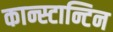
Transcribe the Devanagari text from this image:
कान्स्टान्टिन